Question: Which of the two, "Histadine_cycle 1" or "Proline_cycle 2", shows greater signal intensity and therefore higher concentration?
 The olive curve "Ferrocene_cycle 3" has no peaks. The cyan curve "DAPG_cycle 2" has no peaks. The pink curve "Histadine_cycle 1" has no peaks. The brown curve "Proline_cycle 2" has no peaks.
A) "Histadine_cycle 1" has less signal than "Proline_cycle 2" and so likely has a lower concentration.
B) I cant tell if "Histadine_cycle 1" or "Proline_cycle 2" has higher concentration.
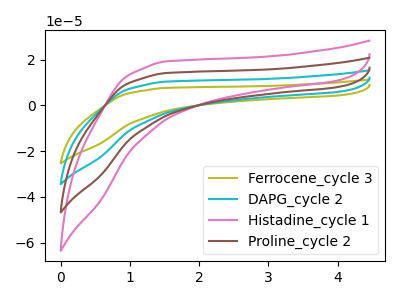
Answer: <think>Neither "Histadine_cycle 1" or "Proline_cycle 2" have any peaks.
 </think>
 <answer>B) I cant tell if "Histadine_cycle 1" or "Proline_cycle 2" has higher concentration.</answer>
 <eval>B</eval>